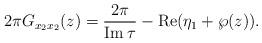
LaTeX: \begin{align*}2\pi G_{x_{2}x_{2}}(z)=\frac{2\pi}{\operatorname{Im}\tau}-\operatorname{Re}(\eta_{1}+\wp(z)). \end{align*}